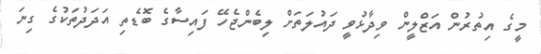
މީގެ އިތުރުން އަޒްލީން ވިދާޅުވީ ދައުލަތަށް ލިބެންޖެހޭ ފައިސާގެ ބޮޑެތި އަދަދުތަކުގެ ގިނަ